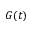
G ( t )